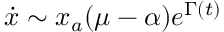
\dot { x } \sim x _ { a } ( \mu - \alpha ) e ^ { \Gamma ( t ) }